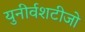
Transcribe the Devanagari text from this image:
युनीर्वशटीजो